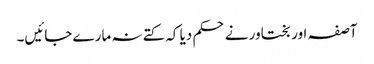
آصفہ اور بختاور نے حکم دیا کہ کتے نہ مارے جائیں۔